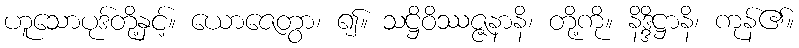
ဟူသောပုဒ်တို့နှင့်။ ယောဇေတွာ၊ ၍။ သဋ္ဌိဝိဿဇ္ဇနာနိ၊ တို့ကို။ နိဒ္ဒိဋ္ဌာနိ၊ ကုန်၏။